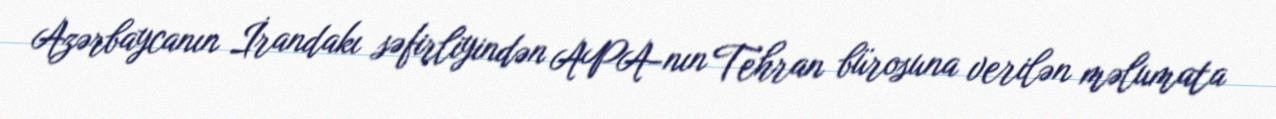
Azərbaycanın İrandakı səfirliyindən APA-nın Tehran bürosuna verilən məlumata